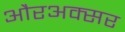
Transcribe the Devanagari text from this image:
औरअक्सर